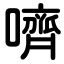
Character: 嚌